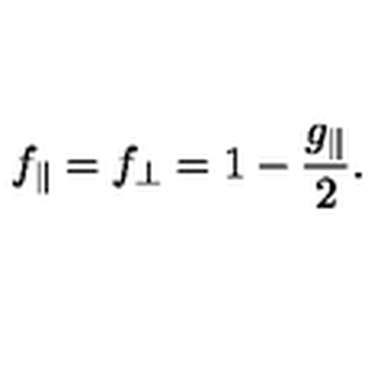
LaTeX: f _ { \parallel } = f _ { \perp } = 1 - \frac { g _ { \parallel } } { 2 } .